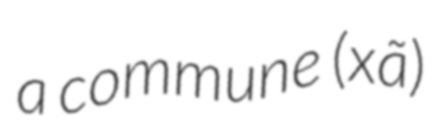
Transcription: a commune (xã)